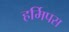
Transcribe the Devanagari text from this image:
हर्मिपस